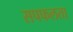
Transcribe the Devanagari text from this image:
सपफलता